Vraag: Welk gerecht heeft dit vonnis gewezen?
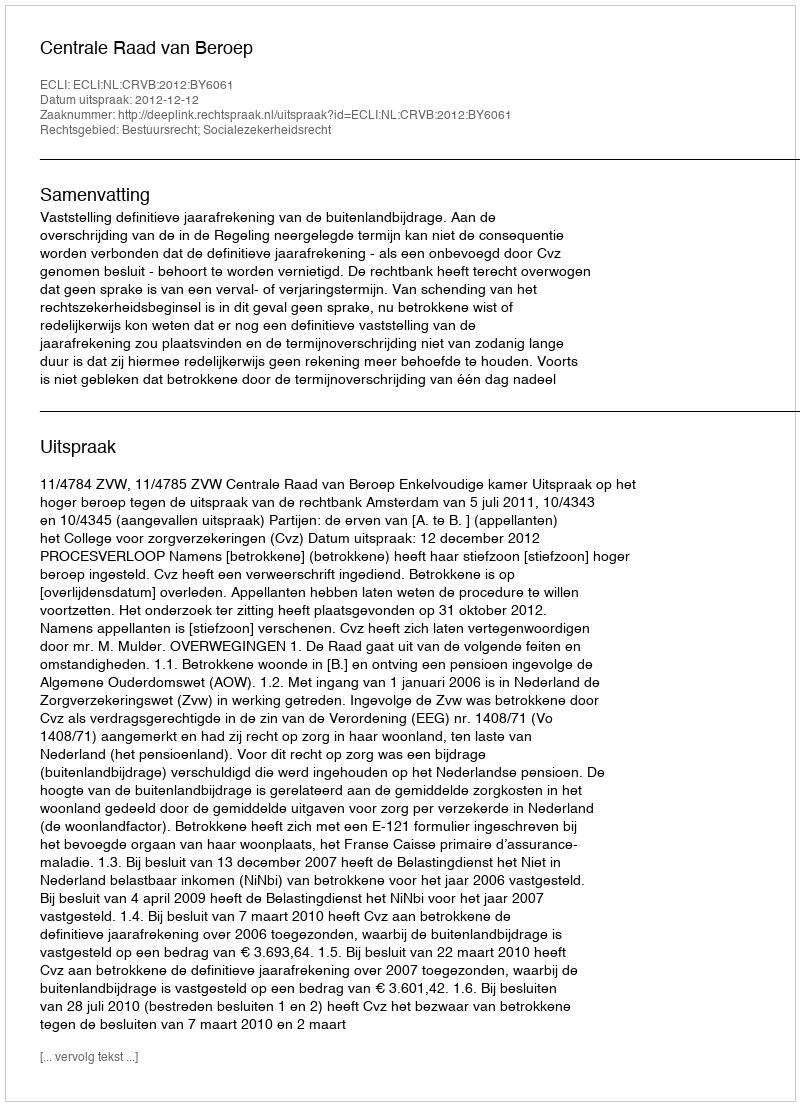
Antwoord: Centrale Raad van Beroep